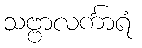
သဗ္ဗာလင်္ကာရံ